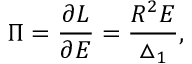
\Pi = \frac { \partial { \cal L } } { \partial E } = \frac { R ^ { 2 } E } { \bigtriangleup _ { 1 } } ,